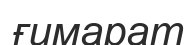
ғимарат